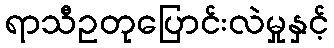
ရာသီဥတုပြောင်းလဲမှုနှင့်